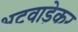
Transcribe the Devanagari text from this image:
भटवाड़ेकर